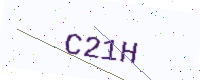
Text: C21H